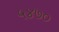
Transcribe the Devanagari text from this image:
५४७०